Annual report on the working of the mental hospitals in the Madras Presidency - 1912-1932
Year: 1912
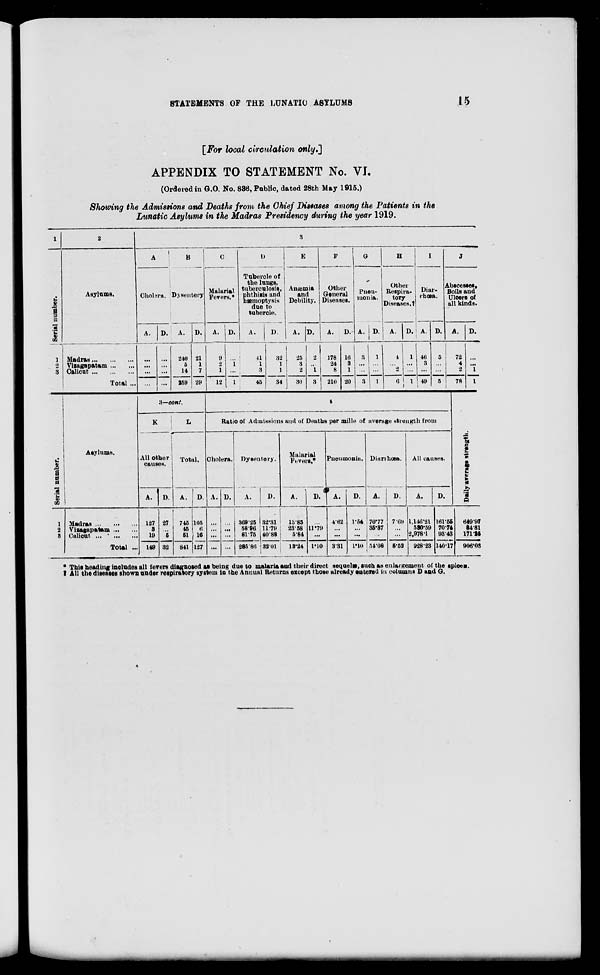
STATEMENTS OF THE LUNATIC ASYLUMS
15
[For local circulation only.]
APPENDIX TO STATEMENT No. VI.
(Ordered in G.O. No. 836, Public, dated 28th May 1915.)
Showing the Admissions and Deaths from the Chief Diseases among the Patients in the
Lunatic Asylums in the Madras Presidency during the year 1919.
1
Serial number.
1
2
3
2
Asylums.
Madras
...
...
...
Vizagapatam ... ...
Calicut
...
...
...
Total ...
3
A
Cholera.
A.
...
...
...
...
D.
...
...
...
...
B
Dysentery
A.
240
5
14
259
D.
21
1
7
29
C
Malarial
Fevers.*
A.
9
2
1
12
D.
...
1
...
1
D
Tubercle of
the lungs,
tuberculosis,
phthisis and
hæmoptysis
due to
tubercle.
A.
41 1
3
45
D.
32
1
1
34
E
Anæmia
and
Debility.
A.
25
3
2
30
D.
2
...
1
3
F
Other
General
Diseases.
A.
178
24
8
210
D.
16
3
1
20
G
Pneu-
monia.
A.
3
...
...
3
D.
1
...
...
1
H
Other
Respira-
tory
Diseases.†
A.
4
...
2
6
D.
1
...
...
1
I
Diar-
rhœa.
A.
46
3
...
49
D.
5
...
...
5
J
Abscesses,
Boils and
Ulcers of
all kinds.
A.
72
4
2
78
D.
...
...
1
1
Serial number.
1
2
3
Asylums.
Madras
...
...
...
Vizagapatam ... ...
Calicut
...
...
...
Total ...
3—cont.
K
All other
causes.
A.
127
3
19
149
D.
27
. ..
5
32
L
Total.
A.
745
45
51
841
D.
105
6
16
127
4
Ratio of Admissions and of Deaths per mille of average strength from
Cholera.
A.
...
...
...
...
D.
...
...
...
...
Dysentery.
A.
369,25
58,96
81,75
285 86
D.
32.31
11.79
40.88
32.01
Malarial
Fevers.*
A.
13.85
23.58
5.84
13.24
D.
...
11.79
...
1.10
Pneumonia.
A.
4.62
...
...
3.31
D.
1.54
...
...
1.10
Diarrhœa.
A.
70.77
35.37
...
54.08
D.
7.69
...
...
5.52
All causes.
A.
1,146.21
530.59
2,978.1
928.23
D.
161.55
70.74
93.43
140.17
Daily average strength.
649.97
84.81
171.25
906.03
* This heading includes all fevers diagnosed as being due to malaria and their direct sequelæ, such as enlargement of the spleen.
† All the diseases shown under respiratory system in the Annual Returns except those already entered in columns D and G.